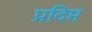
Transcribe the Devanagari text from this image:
प्रदिप्त